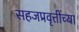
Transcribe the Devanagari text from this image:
सहजप्रवृत्तींच्या